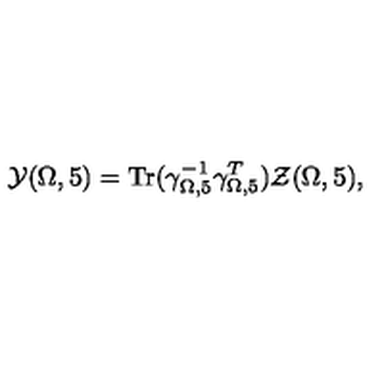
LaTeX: { \cal Y } ( \Omega , 5 ) = \mathrm { T r } ( \gamma _ { \Omega , 5 } ^ { - 1 } \gamma _ { \Omega , 5 } ^ { T } ) { \cal Z } ( \Omega , 5 ) ,